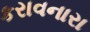
કરાવનારા